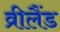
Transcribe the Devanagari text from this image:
व्रीलैंड